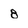
Character: 8